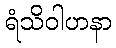
ရံသိဝါဟနာ